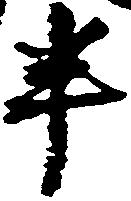
半